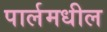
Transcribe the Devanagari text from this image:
पार्लमधील